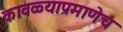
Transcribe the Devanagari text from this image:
कावळ्याप्रमाणेच